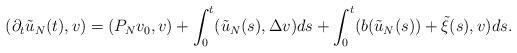
LaTeX: \begin{align*}(\partial_t \tilde u _N(t),v)=(P_Nv_0,v)+\int_0^t ( \tilde u _N(s), \Delta v)ds+\int_0^t (b( \tilde u _N(s))+\tilde \xi(s), v)ds.\end{align*}